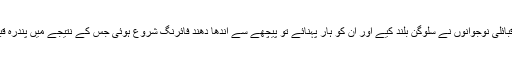
بعد میں جب وہ اگلے بیریئر پر جب ان کے حق میں قبائلی نوجوانوں نے سلوگن بلند کیے اور ان کو ہار پہنائے تو پیچھے سے اندھا دھند فائرنگ شروع ہوئی جس کے نتیجے میں پندرہ قبائلی نوجوان شہید اور چالیس کے قریب زخمی ہوئے۔